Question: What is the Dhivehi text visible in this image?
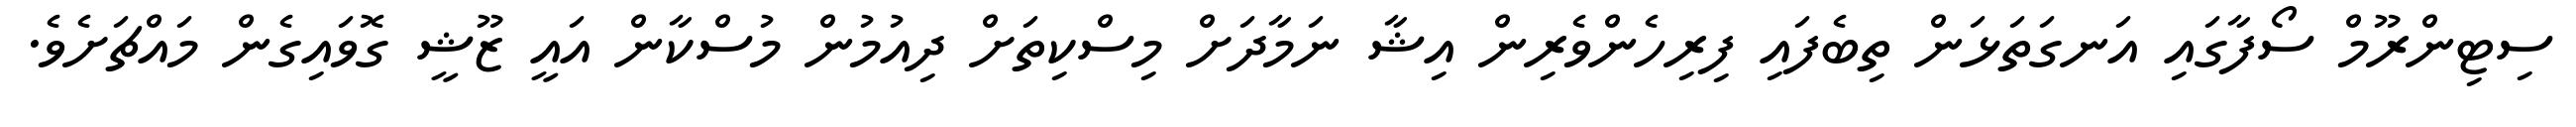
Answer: ސިޓިންރޫމް ސޯފާގައި އަނގަތަޅަން ތިބެފައި ފިރިހެންވެރިން އިޝާ ނަމާދަށް މިސްކިތަށް ދިއުމުން މުސްކާން އައީ ޒޫޝީ ގޮވައިގެން މައްޗަށެވެ.